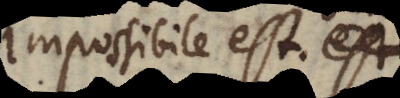
impossibile est eff